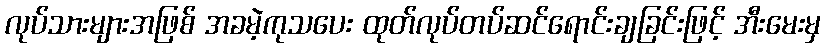
လုပ်သားများအဖြစ် အခမဲ့ကုသပေး ထုတ်လုပ်တပ်ဆင်ရောင်းချခြင်းဖြင့် အီးမေးမှ